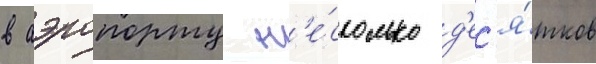
в аэропорту н'е́сколько д'ес'я́тков